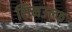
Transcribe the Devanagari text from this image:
सिनउल्फ